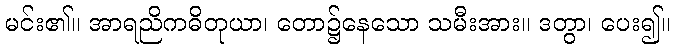
မင်း၏။ အာရညိကဓိတုယာ၊ တော၌နေသော သမီးအား။ ဒတွာ၊ ပေး၍။